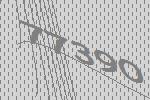
77390